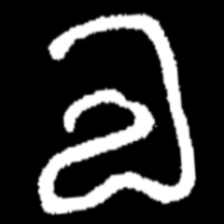
Pyu character \u2014 Myanmar letter: လ (romanized: la)